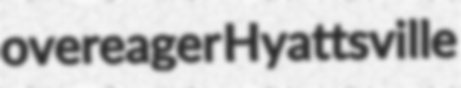
overeager Hyattsville